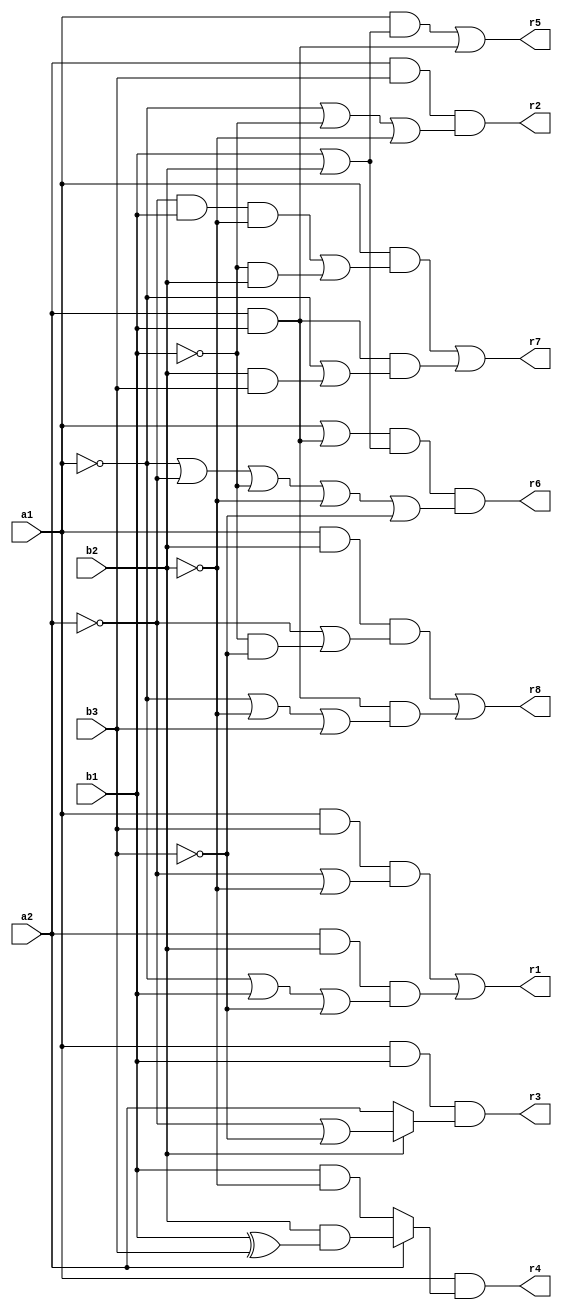
// Benchmark "mult_2x3_64_out" written by ABC on Fri May 27 23:35:35 2022

module mult_2x3_64 ( 
    a1, a2, b1, b2, b3,
    r1,r2,r3,r4,r5,r6,r7,r8  );
  input  a1, a2, b1, b2, b3;
  output r1,r2,r3,r4,r5,r6,r7,r8;
  assign r1 = (a1 & b3 & (~a2 | ~b2)) | (a2 & b2 & (~a1 | b1 | ~b3));
  assign r2 = a2 & b3 & (~a1 | ~b1 | ~b2);
  assign r3 = a1 & b1 & (b2 ? (~a2 | ~b3) : a2);
  assign r4 = a1 & (a2 ? (b2 & (b1 ^ b3)) : (b1 & ~b2));
  assign r5 = (a1 & (b1 | b2)) | (a2 & b1);
  assign r6 = (a1 | (a2 & b1)) & (b1 | b2) & (~a1 | ~a2 | ~b1 | ~b2 | ~b3);
  assign r7 = (a1 & ((~a2 & b1 & ~b2) | (~b1 & b2))) | (a2 & b1 & (~a1 | (b2 & b3)));
  assign r8 = (a1 & b2 & (~a2 | (~b1 & ~b3))) | (a2 & b1 & (~a1 | ~b2 | b3));
endmodule